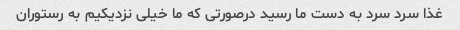
غذا سرد سرد به دست ما رسید درصورتی که ما خیلی نزدیکیم به رستوران